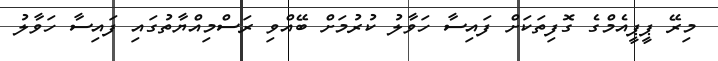
މިރޭ ޕީޕީއެމްގެ ގޮފިތަކަށް ފައިސާ ހަވާލު ކުރުމަށް ބޭއްވި ރަސްމިއްޔާތުގައި ފައިސާ ހަވާލު